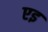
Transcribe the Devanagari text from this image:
एइ